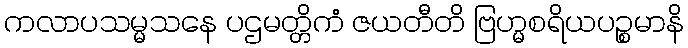
ကလာပသမ္မသနေ ပဌမတ္တိကံ ဇယတီတိ ဗြဟ္မစရိယပဉ္စမာနိ